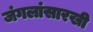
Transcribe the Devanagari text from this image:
जंगलांसारखी